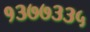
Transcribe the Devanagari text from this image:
१३७७३३५